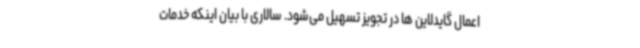
اعمال گایدلاین ها در تجویز تسهیل می‌شود. سالاری با بیان اینکه خدمات